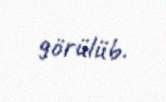
görülüb.